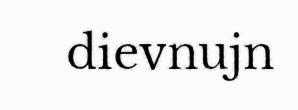
dievnujn